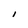
Character: I